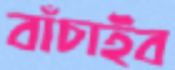
বাঁচাইব